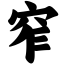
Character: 窄